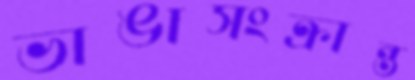
ভাঙাসংক্রান্ত